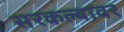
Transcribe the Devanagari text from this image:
सरकल्यावर